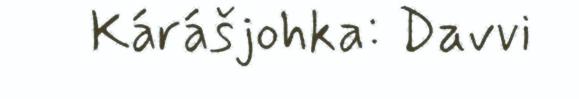
Kárášjohka: Davvi